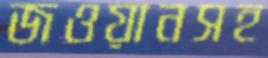
জওয়ানসহ